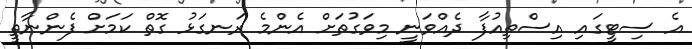
އެ ސިޓީގައި އިސްތިއުފާ ދެއްވަނީ މިވަގުތަށް އެންމެ ރަނގަޅު ގޮތް ކަމަށް ފެންނާތީ